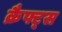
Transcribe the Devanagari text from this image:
क्रैफ्ट्स